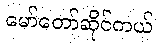
မော်တော်ဆိုင်ကယ်